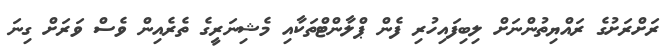
ރަށްރަށުގެ ރައްޔިތުންނަށް ލިބިފައިހުރި ފެން ޕްލާންޓްތަކާއި މެޝިނަރީގެ ތެރެއިން ވެސް ވަރަށް ގިނަ